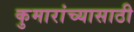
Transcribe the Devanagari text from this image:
कुमारांच्यासाठी